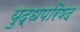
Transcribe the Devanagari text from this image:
युद्धपरिषद